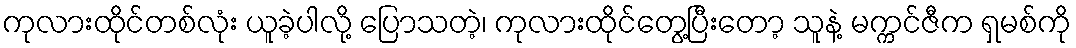
ကုလားထိုင်တစ်လုံး ယူခဲ့ပါလို့ ပြောသတဲ့၊ ကုလားထိုင်တွေ့ပြီးတော့ သူနဲ့ မက္ကင်ဇီက ရှမစ်ကို